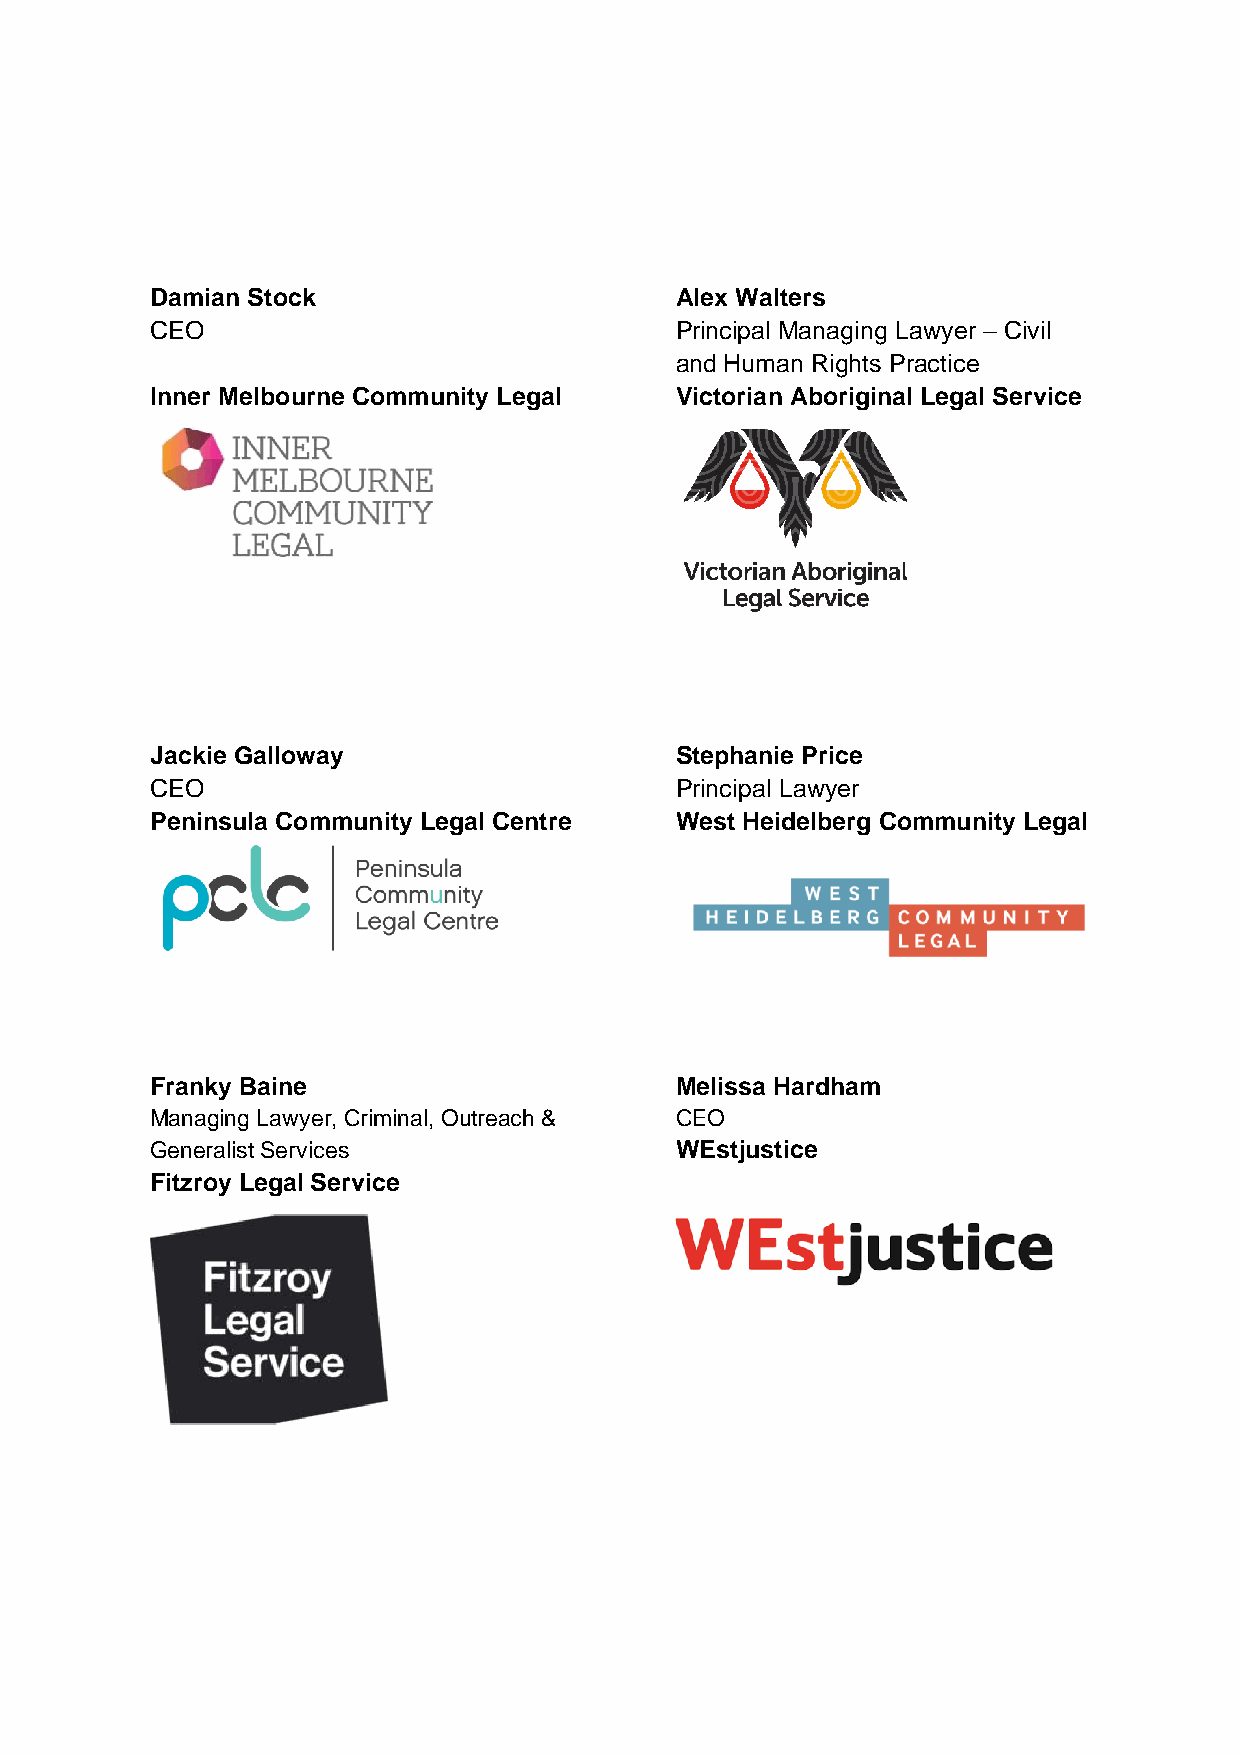
Damian Stock                       Alex Walters
 CEO                                Principal Managing Lawyer – Civil
 and Human Rights Practice
 Inner Melbourne Community Legal    Victorian Aboriginal Legal Service
 Jackie Galloway                    Stephanie Price
 CEO                                Principal Lawyer
 Peninsula Community Legal Centre   West Heidelberg Community Legal
 Franky Baine                       Melissa Hardham
 Managing Lawyer, Criminal, Outreach & CEO
 Generalist Services                WEstjustice
 Fitzroy Legal Service